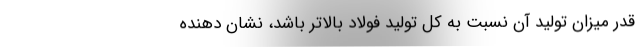
قدر میزان تولید آن نسبت به کل تولید فولاد بالاتر باشد، نشان دهنده